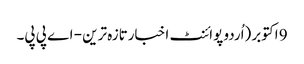
9 اکتوبر (اُردو پوائنٹ اخبارتازہ ترین - اے پی پی۔